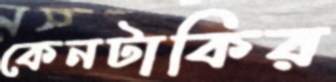
কেনটাকির